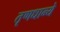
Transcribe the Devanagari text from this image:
तृणधान्ये